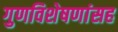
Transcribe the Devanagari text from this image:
गुणविशेषणांसह